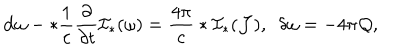
{ \bf d } \omega - * \frac { 1 } { c } \frac { \partial } { \partial t } { \cal I } _ { * } ( \omega ) = \frac { 4 \pi } { c } * { \cal I } _ { * } ( { \cal J } ) , \ \ \delta \omega = - 4 \pi { \cal Q } ,